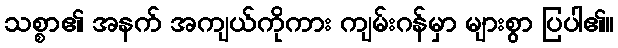
သစ္စာ၏ အနက် အကျယ်ကိုကား ကျမ်းဂန်မှာ များစွာ ပြပါ၏။